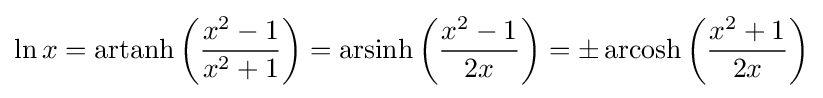
\ln x=\operatorname {artanh} \left({\frac {x^{2}-1}{x^{2}+1}}\right)=\operatorname {arsinh} \left({\frac {x^{2}-1}{2x}}\right)=\pm \operatorname {arcosh} \left({\frac {x^{2}+1}{2x}}\right)